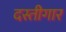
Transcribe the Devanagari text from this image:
दस्तीगार